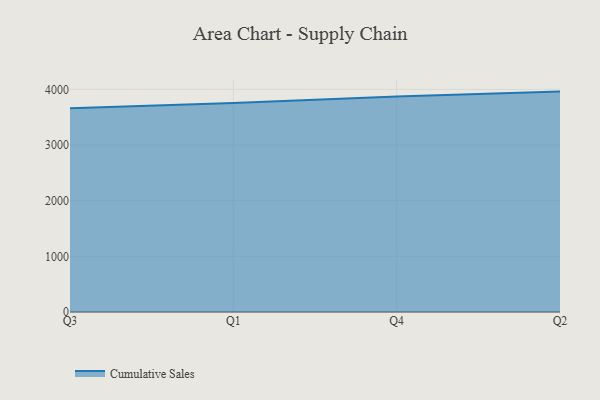
{"axis": {"x": "Quarter", "y": "LTV (USD)"}, "legend": ["Cumulative Sales"], "data": [{"x": "Q3", "y": 3661.8, "type": "Cumulative Sales"}, {"x": "Q1", "y": 3753.3, "type": "Cumulative Sales"}, {"x": "Q4", "y": 3872.5, "type": "Cumulative Sales"}, {"x": "Q2", "y": 3959.4, "type": "Cumulative Sales"}]}